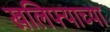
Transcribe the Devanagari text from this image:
खलिफ्याच्या